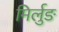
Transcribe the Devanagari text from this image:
मिर्लुङ